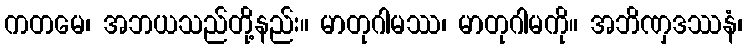
ကတမေ၊ အဘယသည်တို့နည်း။ မာတုဂါမဿ၊ မာတုဂါမကို။ အဘိဏှဒဿနံ၊